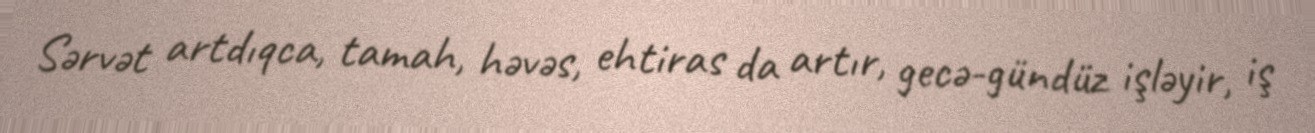
Sərvət artdıqca, tamah, həvəs, ehtiras da artır, gecə-gündüz işləyir, iş